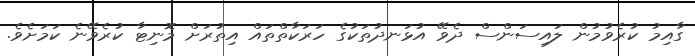
ގާއިމު ކުރެވުމުން ލައިސަންސް ދެވޭ އުޅަނދުތަކުގެ ހަރަކާތްތައް އިތުރަށް މޮނިޓާ ކުރެވޭނެ ކަމަށެވެ.